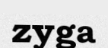
zyga